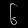
Digit: ၆